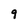
Character: 9